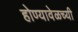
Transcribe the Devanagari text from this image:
होण्यावेळच्यी